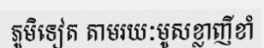
ភូមិទៀត តាមរយៈមូសខ្លាញីខាំ